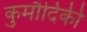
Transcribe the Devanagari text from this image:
कुमौदिकी